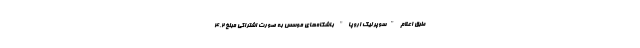
طبق اعلام "سوپر لیگ اروپا" باشگاه‌های موسس به صورت اشتراکی مبلغ 4.2